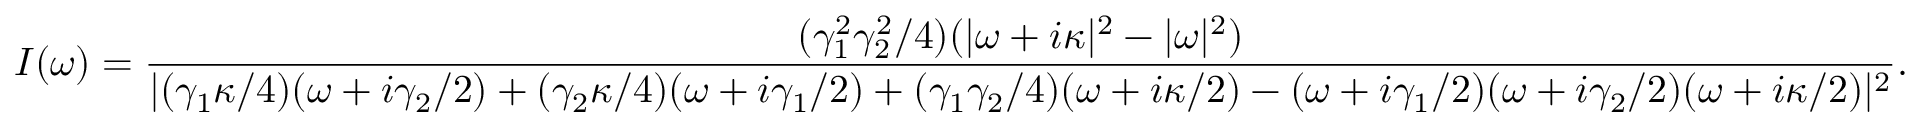
I ( \omega ) = \frac { ( \gamma _ { 1 } ^ { 2 } \gamma _ { 2 } ^ { 2 } / 4 ) ( | \omega + i \kappa | ^ { 2 } - | \omega | ^ { 2 } ) } { | ( \gamma _ { 1 } \kappa / 4 ) ( \omega + i \gamma _ { 2 } / 2 ) + ( \gamma _ { 2 } \kappa / 4 ) ( \omega + i \gamma _ { 1 } / 2 ) + ( \gamma _ { 1 } \gamma _ { 2 } / 4 ) ( \omega + i \kappa / 2 ) - ( \omega + i \gamma _ { 1 } / 2 ) ( \omega + i \gamma _ { 2 } / 2 ) ( \omega + i \kappa / 2 ) | ^ { 2 } } .